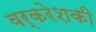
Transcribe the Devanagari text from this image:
वर्करेशकी